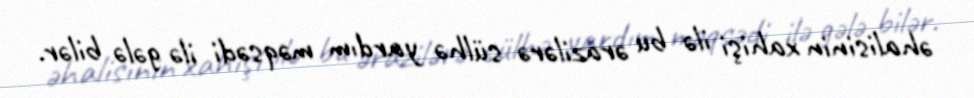
əhalisinin xahişi ilə bu ərazilərə sülhə yardım məqsədi ilə gələ bilər.